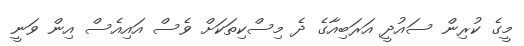
މީގެ ކުރިން ސައުދީ އަރަބިއާގެ ދެ މިސްކިތަކަށް ވެސް އައިއެސް އިން ވަނީ